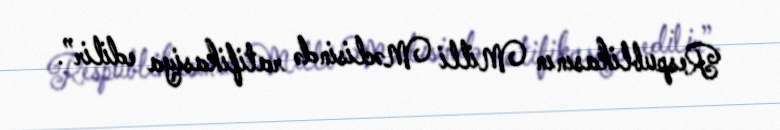
Respublikasının Milli Məclisində ratifikasiya edilir”.